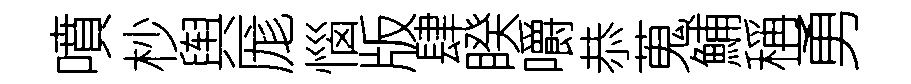
噴杪舆厖惱版肆睽嚼恭蒐鯆稱勇